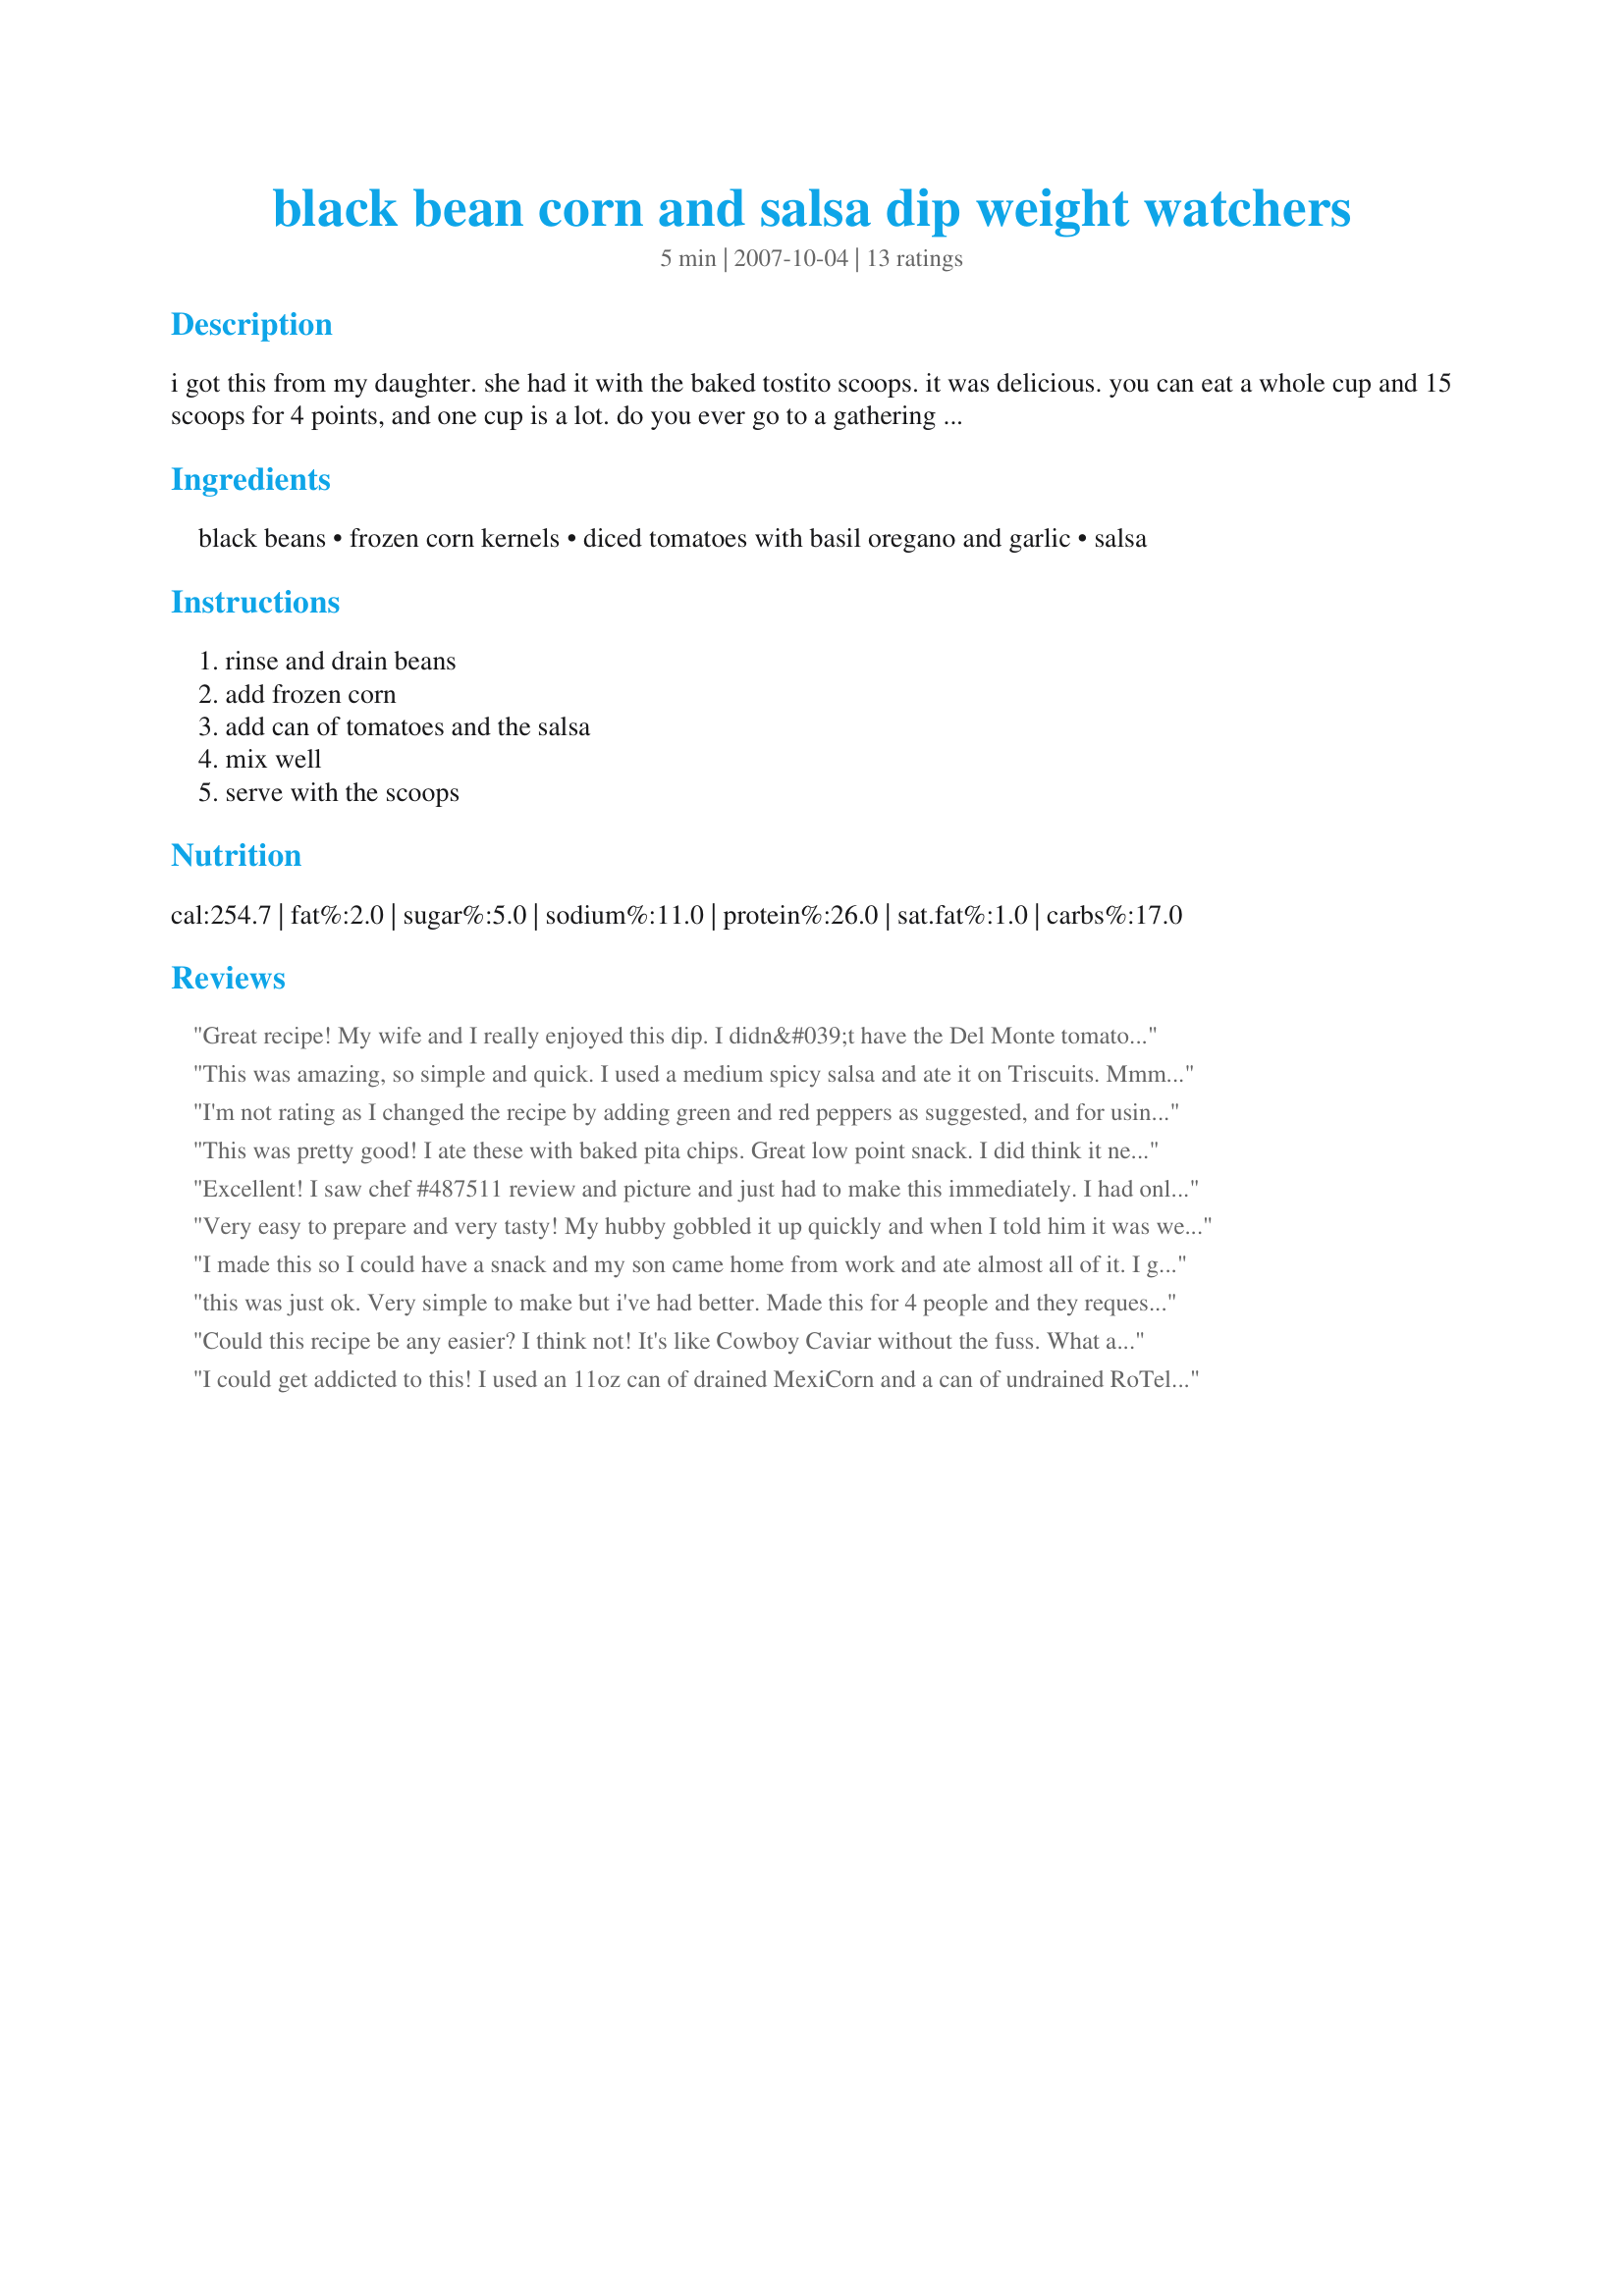
black bean corn and salsa dip weight watchers
Preparation time: 5 minutes

i got this from my daughter. she had it with the baked tostito scoops. it was delicious. you can eat a whole cup and 15 scoops for 4 points, and one cup is a lot. do you ever go to a gathering and there is nothing for you to eat if you are on weight watchers? well now you can and you will enjoy it. it can also be used for a condiment. note: i tried and tried to put in the tostito scoops in the ingredients and it wouldn't allow me, but you will need these for a dip.

Ingredients:
black beans, frozen corn kernels, diced tomatoes with basil oregano and garlic, salsa

Steps:
rinse and drain beans, add frozen corn, add can of tomatoes and the salsa, mix well, serve with the scoops

Reviews:
Great recipe! My wife and I really enjoyed this dip. I didn&#039;t have the Del Monte tomatoes, so I used plain diced tomatoes and added a teaspoon of oregano, basil and crushed garlic.
This was amazing, so simple and quick. I used a medium spicy salsa and ate it on Triscuits. Mmm...
I'm not rating as I changed the recipe by adding green and red peppers as suggested, and for using Rotal tomatoes in lieu of Salsa, also recommended. I will add I love WW recipes for the flavor without all the calories, yet I felt this recipe wasn't spicey enough for my Southern taste. Uing the leftovers in a Black Bean and Corn Enchilada recipe tonight.
This was pretty good! I ate these with baked pita chips. Great low point snack. I did think it needed a little cilantro, that's just my personal taste. Great recipe, this I will make often! It's so much better than the traditional salsa. Thanks for posting!
Excellent! I saw chef #487511 review and picture and just had to make this immediately. I had only one problem, didn't have the diced tomatoes with basil etc. So I used plain diced tomatoes (drained) added some garlic and because we love cilantro I used it in place of the basil. If company drops by unexpected, this would make a cute and quick appetizer. If you fill up those little scoops with the dip and add a drop of low-fat or non-fat sour cream and plate them you would be set. Just don't do it to early or the scoops will get soggy. This is so good! You get just the right amount of dip for 15 scoops. Thanks Mimi for posting.
Very easy to prepare and very tasty! My hubby gobbled it up quickly and when I told him it was weight watchers he didn't believe me!!! A definite keeper!! Thanx for sharing :) UPDATE: I just made this again but instead of using plain corn, I used Pictsweet Seasoned Corn & Black Beans with tomatoes, pepper and onions...WOW!! Awesome!!!!
I made this so I could have a snack and my son came home from work and ate almost all of it. I got some and next time i will make a double batch, lol.
this was just ok. Very simple to make but i've had better. Made this for 4 people and they requested the otherone that i make instead of this one and, so do i.
Could this recipe be any easier? I think not! It's like Cowboy Caviar without the fuss. What a fantastic healthy lunch. I made this without the salsa, because I didn't have any on hand... I will try it with next time, though I didn't really miss it. I added cumin and some more basil, to suit my own taste. I ate this with low salt blue corn chips, an ancient sweet red pepper and some baby carrots. Super healthy and satisfying. Awesome recipe, thanks for sharing!
I could get addicted to this! I used an 11oz can of drained MexiCorn and a can of undrained RoTel tomatoes. Didn't bother with the salsa as it was spicy enough. This was easy and perfect! Thanks!!
I like the fact you can add beans and corn to salsa and make it a whole new taste. I also added some cumin. Thanks for this one.
Very good and easy.Im not on a diet but my dw is so im looking for recipes for her to try. The only thing I added was some habanero sauce in my portion
Mmmm, so good! I used two ears of fresh corn, grilled and cut off the cob. Instead of canned tomatoes, I chopped a fresh one. And I used a whole cup of salsa to make it go farther. This brought up the Points a little bit, but not by much. Definitely a treat I'll be making again.
